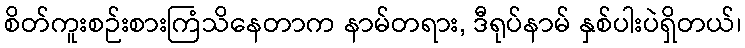
စိတ်ကူးစဉ်းစားကြံသိနေတာက နာမ်တရား, ဒီရုပ်နာမ် နှစ်ပါးပဲရှိတယ်၊